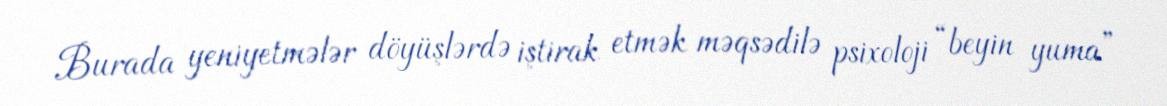
Burada yeniyetmələr döyüşlərdə iştirak etmək məqsədilə psixoloji “beyin yuma”